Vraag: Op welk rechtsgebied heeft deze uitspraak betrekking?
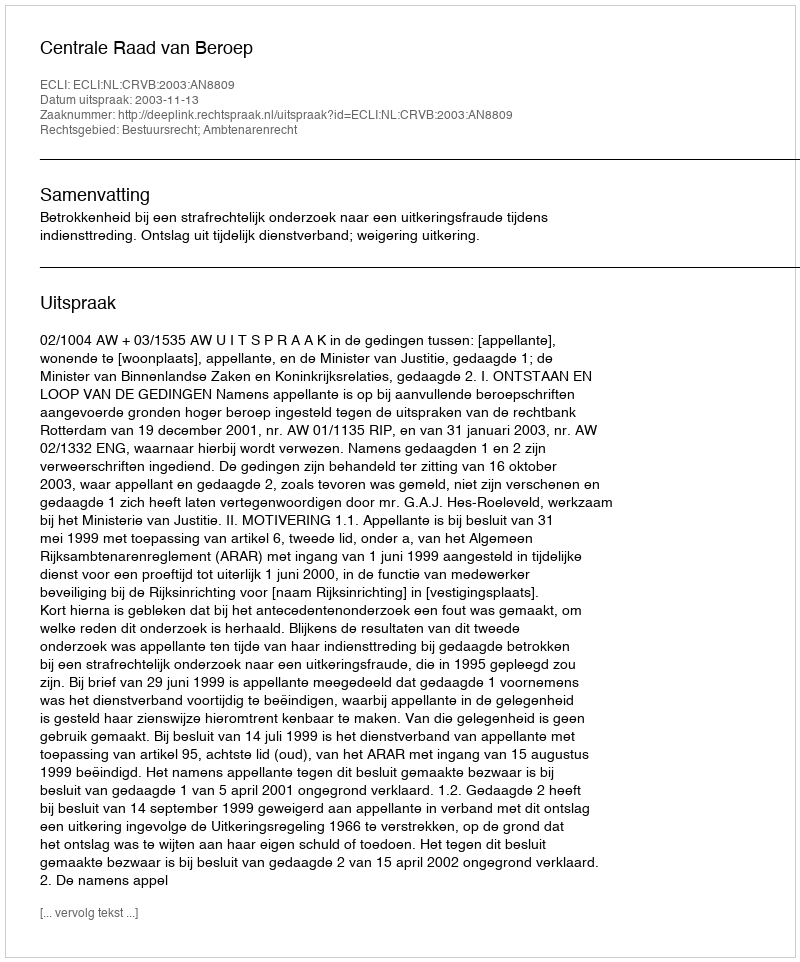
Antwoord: Bestuursrecht; Ambtenarenrecht